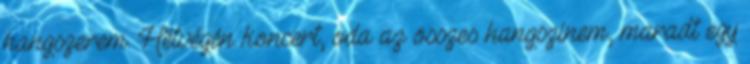
hangszerem. Hétvégén koncert, oda az összes hangszínem, maradt egy